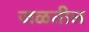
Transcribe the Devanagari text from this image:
जळतील